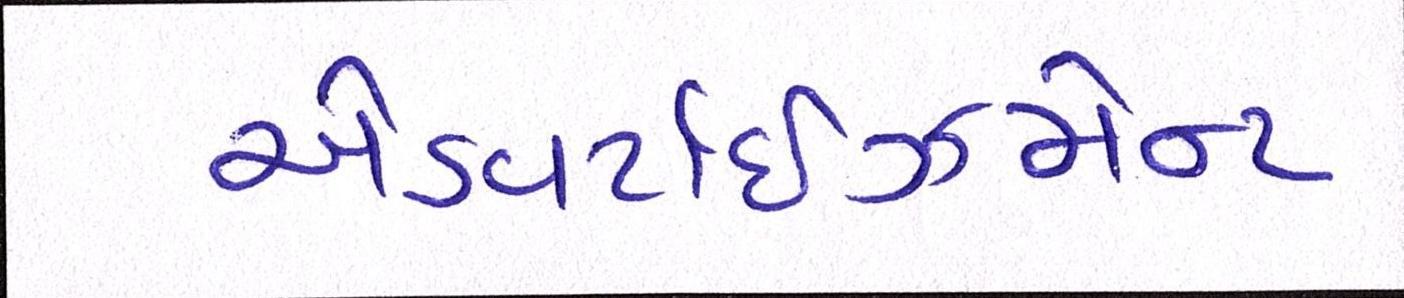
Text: એડવર્ટાઇઝમેન્ટ